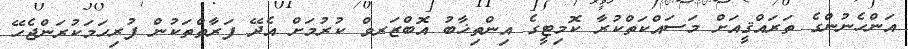
އަންހެނުންގެ ތަރައްޤީއަށް މަސައްކަތްކުރާ ކޮމިޓީގެ އިންތިޚާބު އޮބްޒަރވް ކުރުމަށް އެދޭ ފަރާތްތަކުން ފުރިހަމަކުރަންޖެހޭ